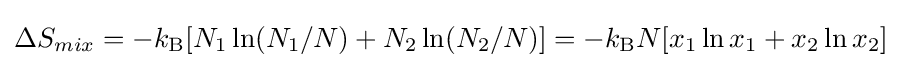
\Delta S_{mix}=-k_{\text{B}}[N_{1}\ln(N_{1}/N)+N_{2}\ln(N_{2}/N)]=-k_{\text{B}}N[x_{1}\ln x_{1}+x_{2}\ln x_{2}]